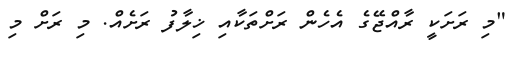
"މި ރަށަކީ ރާއްޖޭގެ އެހެން ރަށްތަކާއި ޚިލާފު ރަށެއް. މި ރަށް މި